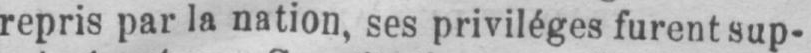
repris par la nation, ses privilèges furent sup-